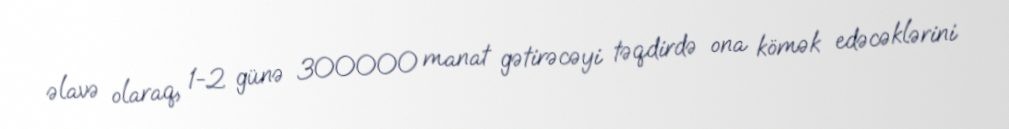
əlavə olaraq, 1-2 günə 300000 manat gətirəcəyi təqdirdə ona kömək edəcəklərini